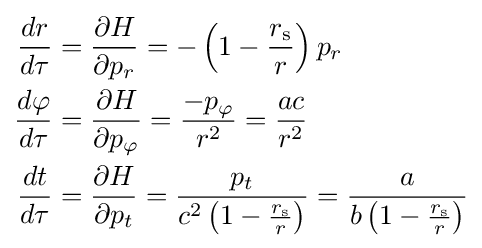
{\begin{aligned}{\frac {dr}{d\tau }}&={\frac {\partial H}{\partial p_{r}}}=-\left(1-{\frac {r_{\text{s}}}{r}}\right)p_{r}\\{\frac {d\varphi }{d\tau }}&={\frac {\partial H}{\partial p_{\varphi }}}={\frac {-p_{\varphi }}{r^{2}}}={\frac {ac}{r^{2}}}\\{\frac {dt}{d\tau }}&={\frac {\partial H}{\partial p_{t}}}={\frac {p_{t}}{c^{2}\left(1-{\frac {r_{\text{s}}}{r}}\right)}}={\frac {a}{b\left(1-{\frac {r_{\text{s}}}{r}}\right)}}\end{aligned}}